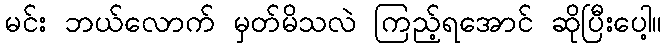
မင်း ဘယ်လောက် မှတ်မိသလဲ ကြည့်ရအောင် ဆိုပြီးပေါ့။